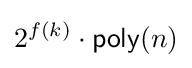
2^{f(k)}\cdot {\textsf {poly}}(n)